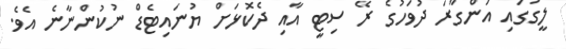
ލީގުގައި އަންގާރަ ދުވަހުގެ ރޭ ސިޓީ އާއި ދެކޮޅަށް ޔުނައިޓެޑް ނުކުންނާނެ އެވެ.